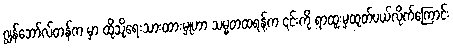
ဂျွန်ဘော်လ်တန်က မှာ ထိုသို့ရေးသားထားမှုဟာ သမ္မတထရန့်က ၎င်းကို ရာထူးမှထုတ်ပယ်လိုက်ကြောင်း